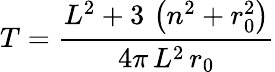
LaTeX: T=\frac{L^{2}+3\, \left(n^{2}+r_{0}^{2}\right)}{4\pi\, L^{2}\, r_{0}}